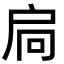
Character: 扃